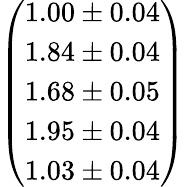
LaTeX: \left(\begin{array}{l}{1.00\pm 0.04}\\ {1.84\pm 0.04}\\ {1.68\pm 0.05}\\ {1.95\pm 0.04}\\ {1.03\pm 0.04}\end{array}\right)